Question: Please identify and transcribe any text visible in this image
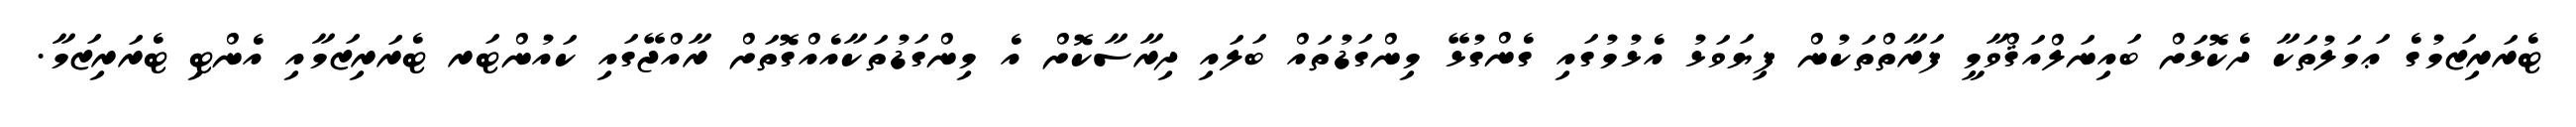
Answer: ޓެރަރިޒަމުގެ ޢަމަލުތަކާ ދެކޮޅަށް ބައިނަލްއަޤްވާމީ ފަރާތްތަކުން ފިޔަވަޅު އެޅުމުގައި ގެންގުޅޭ މިންގަޑުތައް ބަލައި ދިރާސާކޮށް އެ މިންގަޑުތަކާއެއްގޮތަށް ރާއްޖޭގައި ކައުންޓަރ ޓެރަރިޒަމާއި އެންޓި ޓެރަރިޒަމާ.